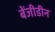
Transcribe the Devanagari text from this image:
बेंजीडीन